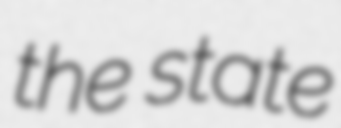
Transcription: the state